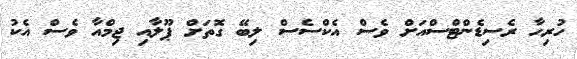
ހުރިހާ ރެސިޑެންޓްސްއަށް ވެސް އެކްސެސް ލިބޭ ގޮތަށް ޕޫލާއި ޖިމްއާ ވެސް އެކު